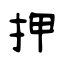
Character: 押